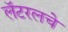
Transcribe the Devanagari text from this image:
लॅटरलचे